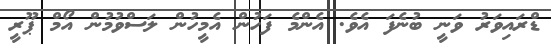
ޑްރައިވަރު ވަނީ ބުނެފަ އެވެ. އެންމެ ފަހުން އެމީހުން ލަސްވުމުން އޯމް ޕޫރީ